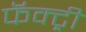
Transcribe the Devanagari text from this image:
फॅक्ट्री